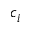
c _ { i }